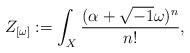
LaTeX: \begin{align*}Z_{[\omega]}:=\int_X\frac{(\alpha+\sqrt{-1}\omega)^n}{n!},\end{align*}